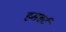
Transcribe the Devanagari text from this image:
हमबर्ट